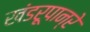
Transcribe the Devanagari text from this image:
खंडरूपान्रे